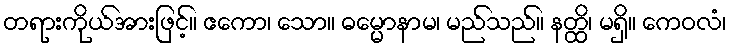
တရားကိုယ်အားဖြင့်။ ဧကော၊ သော။ ဓမ္မောနာမ၊ မည်သည်။ နတ္ထိ၊ မရှိ။ ကေဝလံ၊